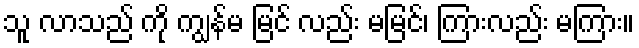
သူ လာသည် ကို ကျွန်မ မြင် လည်း မမြင်၊ ကြားလည်း မကြား။